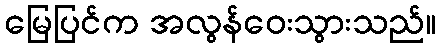
မြေပြင်က အလွန်ဝေးသွားသည်။